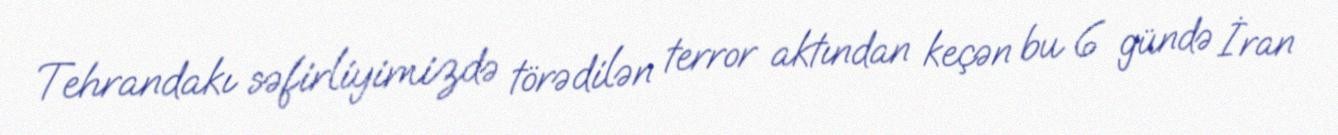
Tehrandakı səfirliyimizdə törədilən terror aktından keçən bu 6 gündə İran